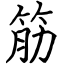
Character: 筋